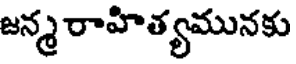
జన్మ రాహిత్యమునకు